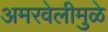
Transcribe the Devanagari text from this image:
अमरवेलीमुळे